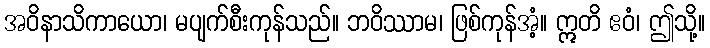
အဝိနာသိကာယော၊ မပျက်စီးကုန်သည်။ ဘဝိဿာမ၊ ဖြစ်ကုန်အံ့။ ဣတိ ဧဝံ၊ ဤသို့။